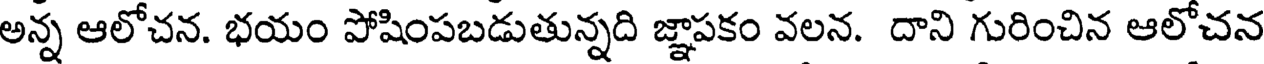
అన్న ఆలోచన. భయం పోషింపబడుతున్నది జ్ఞాపకం వలన. దాని గురించిన ఆలోచన